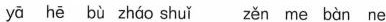
yā hē bù zháo shuá zěn mo bàn ne